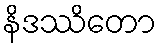
နိဒဿိတော